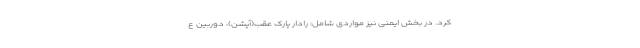
کرد. در بخش ایمنی نیز مواردی شامل: رادار پارک عقب(آپشن)، دوربین ع